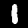
Label: 1